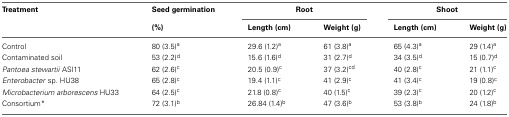
<table><thead><tr><td><b>Treatment</b></td><td><b>Seed germination</b></td><td colspan="2"><b>Root</b></td><td colspan="2"><b>Shoot</b></td></tr><tr><td></td><td><b>(%)</b></td><td><b>Length (cm)</b></td><td><b>Weight (g)</b></td><td><b>Length (cm)</b></td><td><b>Weight (g)</b></td></tr></thead><tbody><tr><td>Control</td><td>80 (3.5)<sup>a</sup></td><td>29.6 (1.2)<sup>a</sup></td><td>61 (3.8)<sup>a</sup></td><td>65 (4.3)<sup>a</sup></td><td>29 (1.4)<sup>a</sup></td></tr><tr><td>Contaminated soil</td><td>53 (2.2)<sup>d</sup></td><td>15.6 (1.6)<sup>d</sup></td><td>31 (2.7)<sup>d</sup></td><td>34 (3.5)<sup>d</sup></td><td>15 (0.7)<sup>d</sup></td></tr><tr><td><i>Pantoea stewartii</i> ASI11</td><td>62 (2.6)<sup>c</sup></td><td>20.5 (0.9)<sup>c</sup></td><td>37 (3.2)<sup>cd</sup></td><td>40 (2.8)<sup>c</sup></td><td>21 (1.1)<sup>c</sup></td></tr><tr><td><i>Enterobacter</i> sp. HU38</td><td>65 (2.8)<sup>c</sup></td><td>19.4 (1.1)<sup>c</sup></td><td>41 (2.9)<sup>c</sup></td><td>41 (3.4)<sup>c</sup></td><td>19 (0.8)<sup>c</sup></td></tr><tr><td><i>Microbacterium arborescens</i> HU33</td><td>64 (2.5)<sup>c</sup></td><td>21.8 (0.8)<sup>c</sup></td><td>40 (1.5)<sup>c</sup></td><td>39 (2.3)<sup>c</sup></td><td>20 (1.2)<sup>c</sup></td></tr><tr><td>Consortium<sup>*</sup></td><td>72 (3.1)<sup>b</sup></td><td>26.84 (1.4)<sup>b</sup></td><td>47 (3.6)<sup>b</sup></td><td>53 (3.8)<sup>b</sup></td><td>24 (1.8)<sup>b</sup></td></tr></tbody></table>